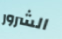
الشرور